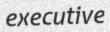
executive